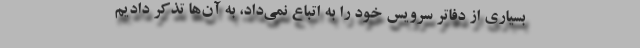
بسیاری از دفاتر سرویس خود را به اتباع نمی‌داد، به آن‌ها تذکر دادیم